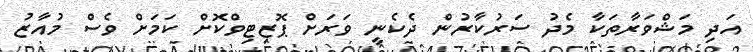
އަދި މަޝްވަރާތަކާ މެދު ސަރުކާރުން ދެކެނީ ވަރަށް ޕޮޒިޓިވްކޮށް ކަމަށް ވެސް މުއާޒު